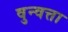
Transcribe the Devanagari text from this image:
वुन्वत्ता